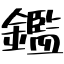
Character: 鑑